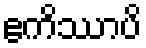
ဧကိဿာပိ